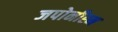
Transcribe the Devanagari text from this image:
जपोनीस्म